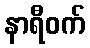
နာရီဝက်